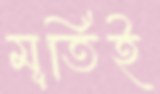
মূর্তিই